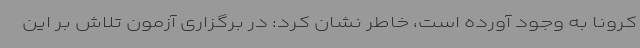
کرونا به وجود آورده است، خاطر نشان کرد: در برگزاری آزمون تلاش بر این